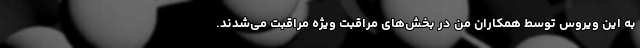
به این ویروس توسط همکاران من در بخش‌های مراقبت ویژه مراقبت می‌شدند.